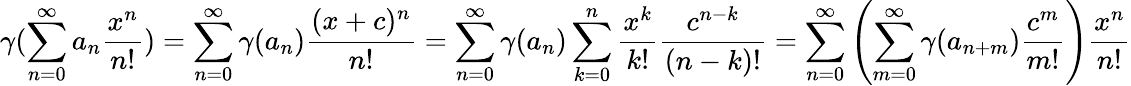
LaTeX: \gamma(\sum_{n=0}^{\infty}a_{n}\frac{x^{n}}{n!})=\sum_{n=0}^{\infty}\gamma(a_{n})\frac{(x+c)^{n}}{n!}=\sum_{n=0}^{\infty}\gamma(a_{n})\sum_{k=0}^{n}\frac{x^{k}}{k!}\frac{c^{n-k}}{(n-k)!}=\sum_{n=0}^{\infty}\left(\sum_{m=0}^{\infty}\gamma(a_{n+m})\frac{c^{m}}{m!}\right)\frac{x^{n}}{n!}